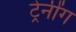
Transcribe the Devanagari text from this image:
ट्रेनींग